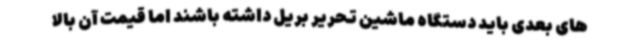
های بعدی باید دستگاه ماشین تحریر بریل داشته باشند اما قیمت آن بالا